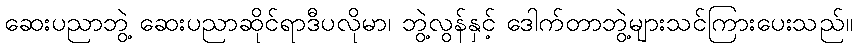
ဆေးပညာဘွဲ့ ဆေးပညာဆိုင်ရာဒီပလိုမာ၊ ဘွဲ့လွန်နှင့် ဒေါက်တာဘွဲ့များသင်ကြားပေးသည်။